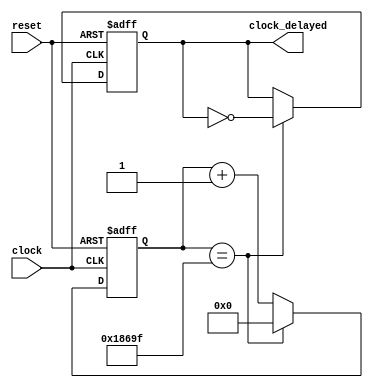
module ClockDecelerator #(parameter frequency = 500)(
    input clock,
    input reset,//
    output reg clock_delayed
);
    reg[31:0] count;
    always @(posedge clock or posedge reset) begin
        if (reset) begin
            count<=0;
            clock_delayed = 0;
        end
        else begin
            if(count == ((10000_0000 / frequency)>>1)-1)begin
                clock_delayed = ~clock_delayed;
                count<=0;
            end
            else
                count<=count+1;
        end
    end
endmodule